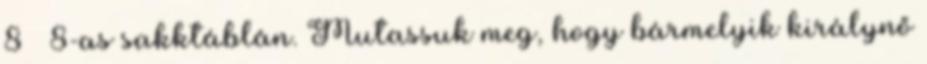
8 х 8-as sakktáblán. Mutassuk meg, hogy bármelyik királynő